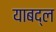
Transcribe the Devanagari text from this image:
याबद्ल